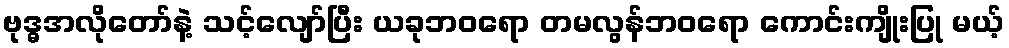
ဗုဒ္ဓအလိုတော်နဲ့ သင့်လျော်ပြီး ယခုဘဝရော တမလွန်ဘဝရော ကောင်းကျိုးပြု မယ့်